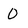
Character: 0